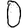
Digit: 0